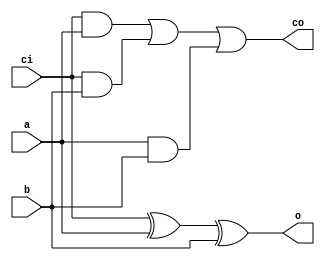
module adder(input ci, a, b, output o, co);

	assign o = ci ^ a ^ b;
	assign co = (ci&a) | (ci&b) | (a&b);

endmodule